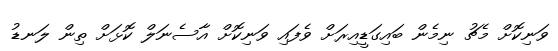
ވަނިކޮށް މެޗު ނިމެން ބައިގަޑީއިރަށް ވެފައި ވަނިކޮށް އާސެނަލް ކޮޅަށް ތިން ލަނޑު